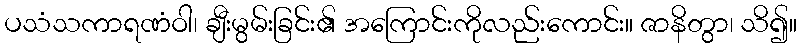
ပသံသကာရဏံဝါ၊ ချီးမွမ်းခြင်း၏ အကြောင်းကိုလည်းကောင်း။ ဇာနိတွာ၊ သိ၍။